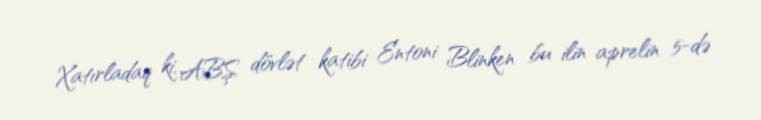
Xatırladaq ki, ABŞ dövlət katibi Entoni Blinken bu ilin aprelin 5-də